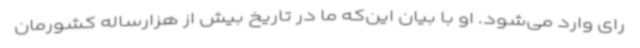
رای وارد می‌شود. او با بیان این‌که ما در تاریخ بیش از هزارساله کشورمان